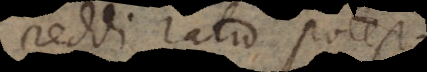
reddi ratio potest.